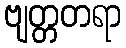
ဗျတ္တတရာ